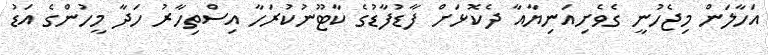
އަހާލަން މިޖެހުނީ ގެވެށިއަނިޔާއާ ދެކޮޅަށް ފާޑުފާޑުގެ ކާޓޫނުކުރަހާ އިސްތިހާރު ހަދާ މީހުންގެ އަޑު